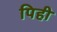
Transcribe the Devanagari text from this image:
पिही